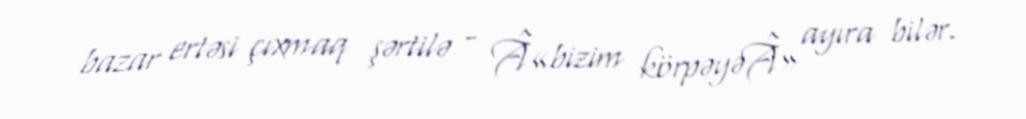
bazar ertəsi çıxmaq şərtilə - Â«bizim körpəyəÂ» ayıra bilər.